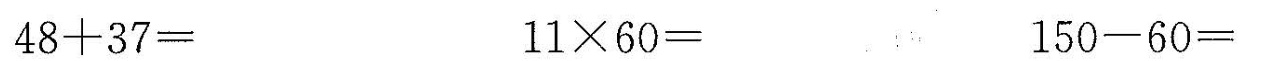
$$4 8 + 3 7 =$$ $$1 1 \times 6 0 =$$ $$1 5 0 - 6 0 =$$